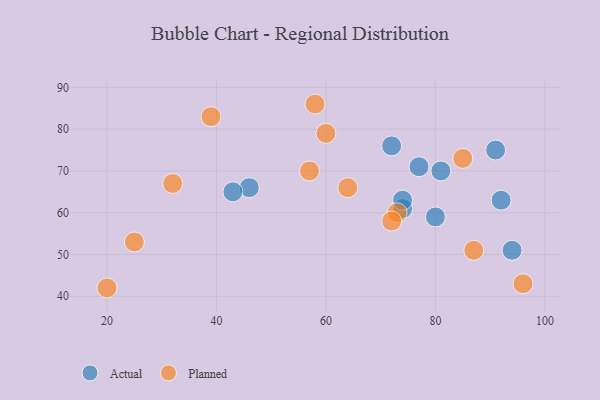
{"axis": {"x": "GDP", "y": "Life Expectancy"}, "legend": ["Actual", "Planned"], "data": [{"x": "81", "y": 70, "type": "Actual"}, {"x": "77", "y": 71, "type": "Actual"}, {"x": "46", "y": 66, "type": "Actual"}, {"x": "43", "y": 65, "type": "Actual"}, {"x": "72", "y": 76, "type": "Actual"}, {"x": "94", "y": 51, "type": "Actual"}, {"x": "74", "y": 61, "type": "Actual"}, {"x": "91", "y": 75, "type": "Actual"}, {"x": "80", "y": 59, "type": "Actual"}, {"x": "92", "y": 63, "type": "Actual"}, {"x": "74", "y": 63, "type": "Actual"}, {"x": "58", "y": 86, "type": "Planned"}, {"x": "64", "y": 66, "type": "Planned"}, {"x": "73", "y": 60, "type": "Planned"}, {"x": "20", "y": 42, "type": "Planned"}, {"x": "57", "y": 70, "type": "Planned"}, {"x": "96", "y": 43, "type": "Planned"}, {"x": "72", "y": 58, "type": "Planned"}, {"x": "39", "y": 83, "type": "Planned"}, {"x": "85", "y": 73, "type": "Planned"}, {"x": "25", "y": 53, "type": "Planned"}, {"x": "32", "y": 67, "type": "Planned"}, {"x": "87", "y": 51, "type": "Planned"}, {"x": "60", "y": 79, "type": "Planned"}]}